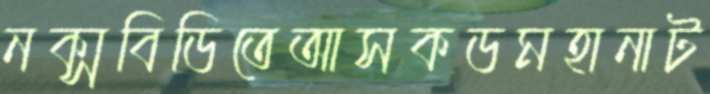
নক্সবিডিতেআসকডমহানাট